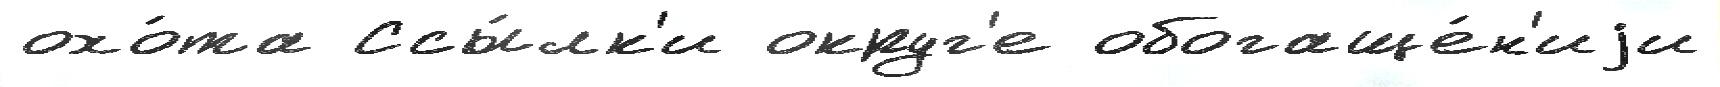
охо́та Ссы́лк'и округ'е обогаще́н'иjи